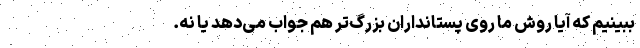
ببینیم که آیا روش ما روی پستانداران بزرگ‌تر هم جواب می‌دهد یا نه.